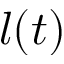
l ( t )